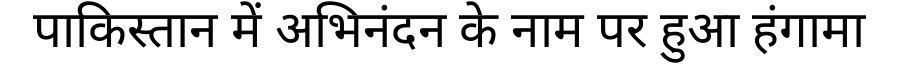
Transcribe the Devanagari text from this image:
पाकिस्तान में अभिनंदन के नाम पर हुआ हंगामा